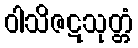
ဝါသိဇဋသုတ္တံ